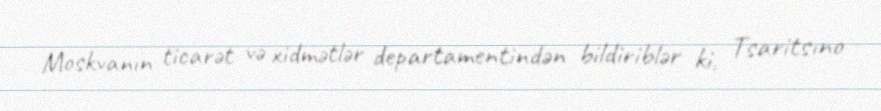
Moskvanın ticarət və xidmətlər departamentindən bildiriblər ki, Tsaritsıno